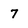
Character: 7